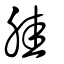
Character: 胿